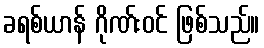
ခရစ်ယာန် ဂိုဏ်းဝင် ဖြစ်သည်။